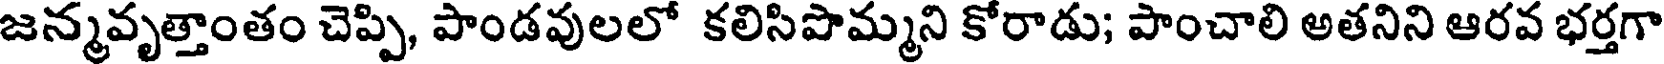
జన్మవృత్తాంతం చెప్పి, పాండవులలో కలిసిపొమ్మని కోరాడు; పాంచాలి అతనిని ఆరవ భర్తగా